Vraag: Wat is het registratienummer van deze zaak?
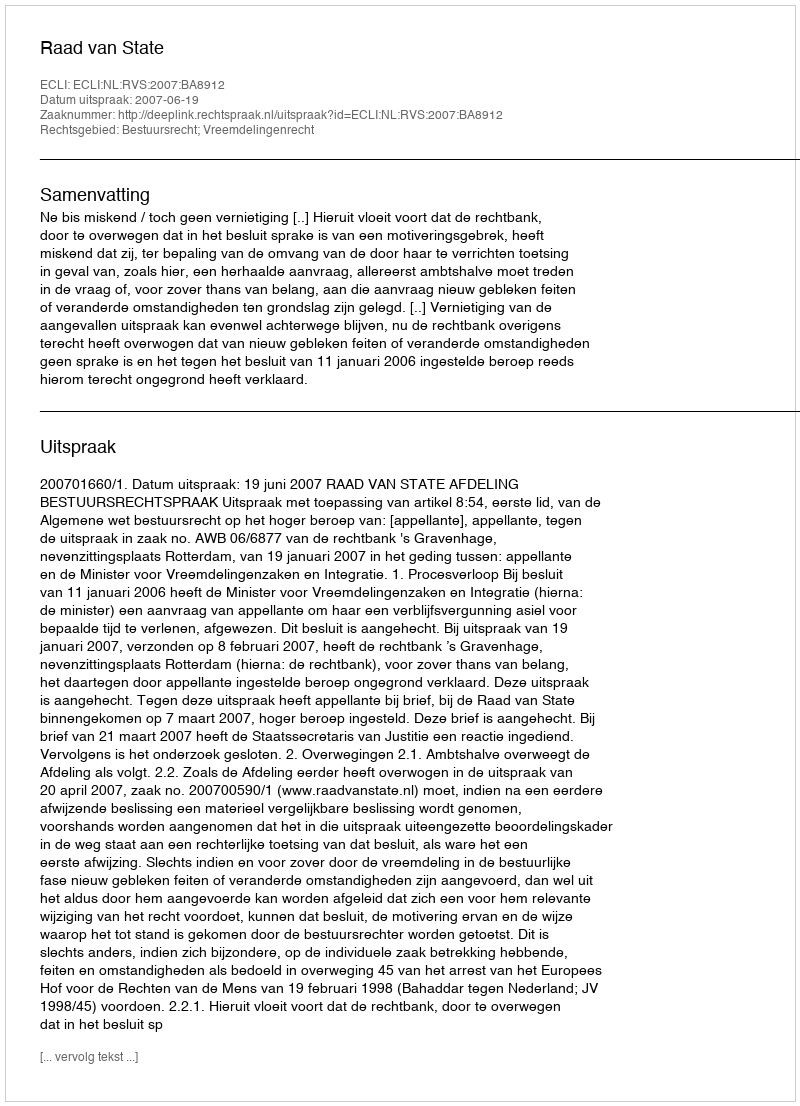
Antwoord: http://deeplink.rechtspraak.nl/uitspraak?id=ECLI:NL:RVS:2007:BA8912